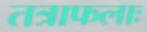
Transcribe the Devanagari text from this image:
तत्राफलाः